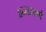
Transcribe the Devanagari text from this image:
अन्तःकर्ण